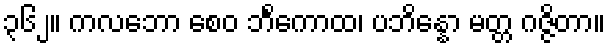
၃၆၂။ ကလဘော စေဝ ဘိင်္ကောထ၊ ပဘိန္နော မတ္တ ဂဇ္ဇိတာ။